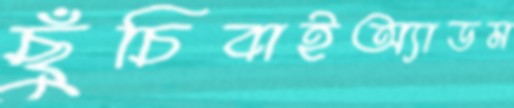
ছুঁচিবাইঅ্যাডম